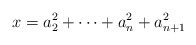
\begin{align*}x = a_2^2+\dots+a_n^2+a_{n+1}^2\end{align*}